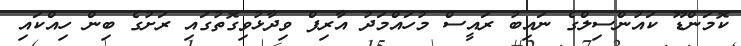
ކޮމަންޑޫ ކައުންސިލްގެ ނައިބު ރައީސް މުހައްމަދު އާރިފް ވިދާޅުވިގޮތުގައި ރަށުގެ ބިން ހިއްކައި